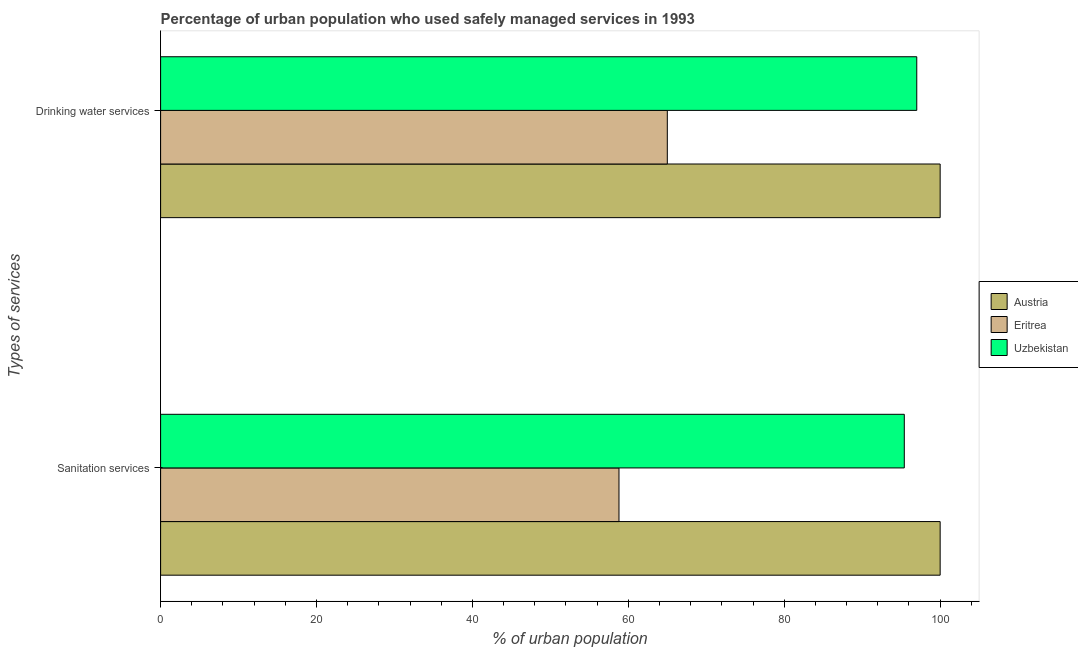
| Types of services | Austria | Eritrea | Uzbekistan |
 | --- | --- | --- | --- |
 | Sanitation services | 100 | 58.8 | 95.4 |
 | Drinking water services | 100 | 65 | 97 |